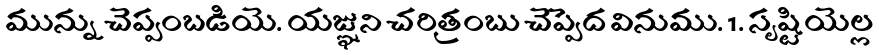
మున్ను చెప్పంబడియె. యజ్ఞుని చరిత్రంబు చెప్పెద వినుము. 1. సృష్టియెల్ల